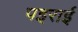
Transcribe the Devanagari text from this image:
पइराई